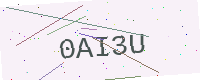
Text: 0AI3U